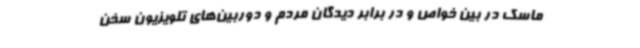
ماسک در بین خواص و در برابر دیدگان مردم و دوربین‌های تلویزیون سخن